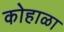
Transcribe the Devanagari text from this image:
कोहाळा